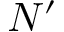
N ^ { \prime }